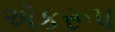
ઍકરૂપ